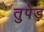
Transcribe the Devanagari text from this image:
तुपेड़